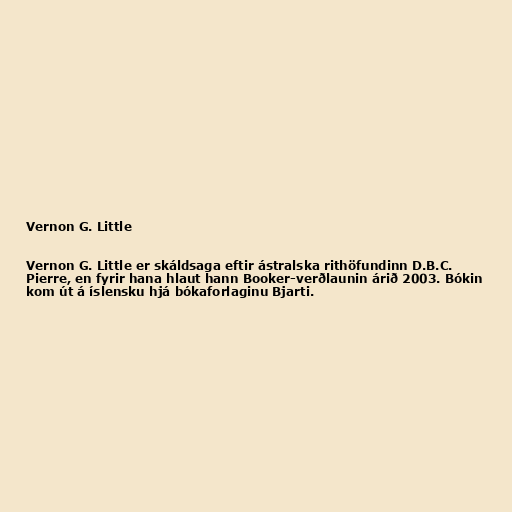
Vernon G. Little

Vernon G. Little er skáldsaga eftir ástralska rithöfundinn D.B.C.
Pierre, en fyrir hana hlaut hann Booker-verðlaunin árið 2003. Bókin
kom út á íslensku hjá bókaforlaginu Bjarti.